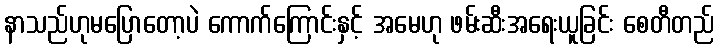
နာသည်ဟုမပြောတော့ပဲ ကောက်ကြောင်းနှင့် အမေဟု ဖမ်းဆီးအရေးယူခြင်း စေတီတည်